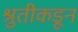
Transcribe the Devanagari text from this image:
श्रुतीकडून